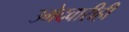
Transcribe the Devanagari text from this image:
उमेदवारीही